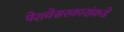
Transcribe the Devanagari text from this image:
पेशवेसरकारांकडे